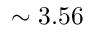
\sim 3 . 5 6